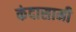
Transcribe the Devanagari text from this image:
कंदासामी